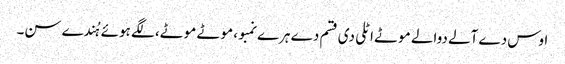
اوس دے آلے دوالے موٹے اٹلی دی قسم دے ہرے نمبو، موٹے موٹے، لگے ہوئے ہُندے سن۔